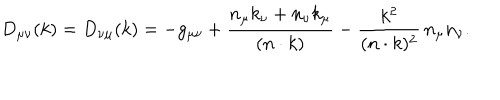
D _ { \mu \nu } ( k ) = D _ { \nu \mu } ( k ) = - g _ { \mu \nu } + \frac { n _ { \mu } k _ { \nu } + n _ { \nu } k _ { \mu } } { ( n \cdot k ) } - \frac { k ^ { 2 } } { ( n \cdot k ) ^ { 2 } } \, n _ { \mu } n _ { \nu } .